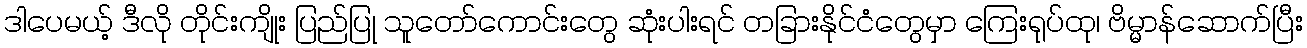
ဒါပေမယ့် ဒီလို တိုင်းကျိုး ပြည်ပြု သူတော်ကောင်းတွေ ဆုံးပါးရင် တခြားနိုင်ငံတွေမှာ ကြေးရုပ်ထု၊ ဗိမ္မာန်ဆောက်ပြီး